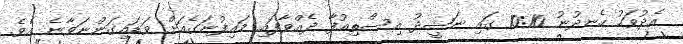
އެދުވަހު ހެނދުނު 10:10 ގައި ނަޝީދު އިސްތިއުފާ ދެއްވާފައި މައިފުނަގެއަށް ވަޑައިގަންނަވާނެ އެވެ.